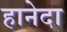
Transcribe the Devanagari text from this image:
हानेदा